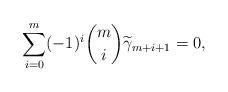
LaTeX: \begin{align*} \sum\limits_{i=0}^m (-1)^i {m \choose i} \widetilde{\gamma}_{m+i+1} = 0,\end{align*}